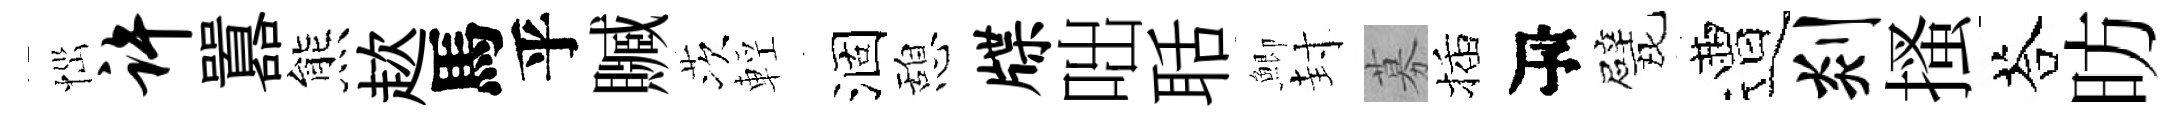
𢙉许囂熊趑馬乎贓茨輕涸憩牒咄聒鯽封募插瓴戏遭剡搔荅昉